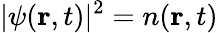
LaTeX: |\psi(\mathbf{r},t)|^{2}=n(\mathbf{r},t)